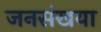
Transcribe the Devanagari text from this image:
जनसंखया